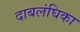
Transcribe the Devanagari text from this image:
दाबलंघिका